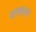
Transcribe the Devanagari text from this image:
प्रान्तस्था